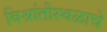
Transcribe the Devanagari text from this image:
विश्रांतीस्थळाचे